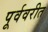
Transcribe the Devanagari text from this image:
पूर्ववरीत